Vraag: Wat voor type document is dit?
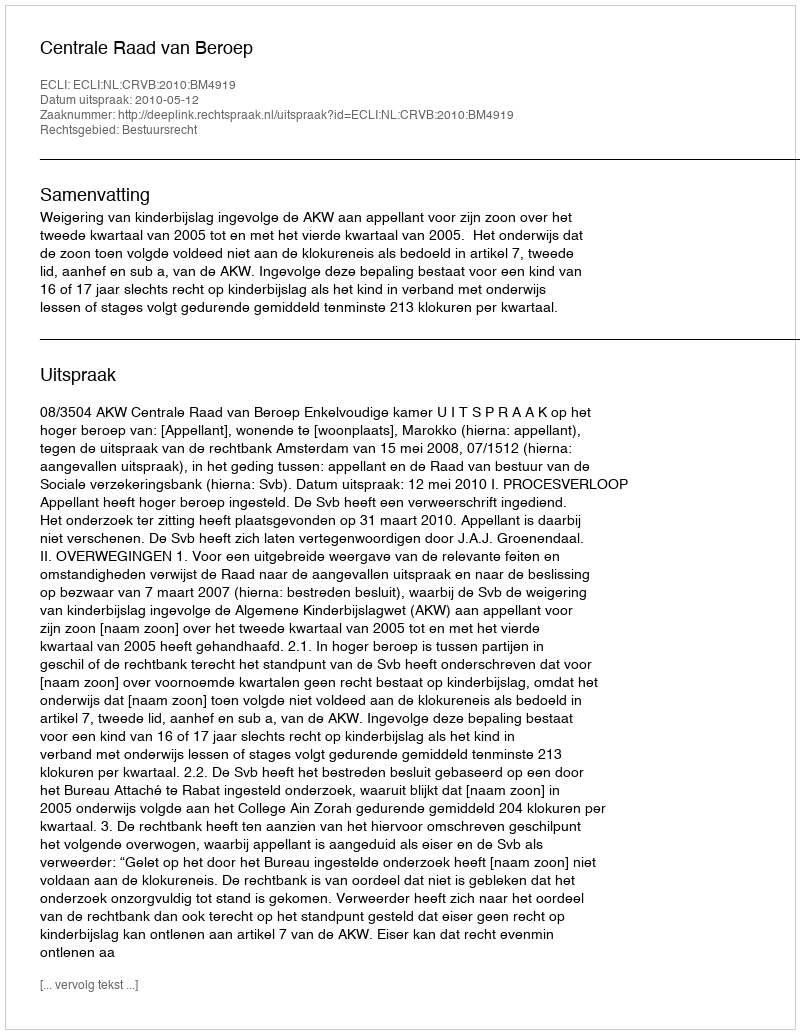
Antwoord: Uitspraak